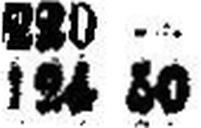
124 50